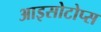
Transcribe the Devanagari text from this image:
आइसोटोप्स